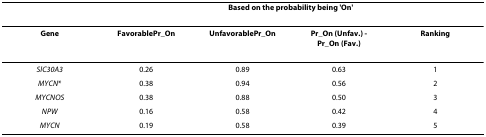
<table><thead><tr><td></td><td colspan="4"><b>Based on the probability being &#x27;On&#x27;</b></td></tr></thead><tbody><tr><td><b>Gene</b></td><td><b>FavorablePr_On</b></td><td><b>UnfavorablePr_On</b></td><td><b>Pr_On (Unfav.) -</b><b>Pr_On (Fav.)</b></td><td><b>Ranking</b></td></tr><tr><td><i>SlC30A3</i></td><td>0.26</td><td>0.89</td><td>0.63</td><td>1</td></tr><tr><td><i>MYCN</i>*</td><td>0.38</td><td>0.94</td><td>0.56</td><td>2</td></tr><tr><td><i>MYCNOS</i></td><td>0.38</td><td>0.88</td><td>0.50</td><td>3</td></tr><tr><td><i>NPW</i></td><td>0.16</td><td>0.58</td><td>0.42</td><td>4</td></tr><tr><td><i>MYCN</i></td><td>0.19</td><td>0.58</td><td>0.39</td><td>5</td></tr></tbody></table>